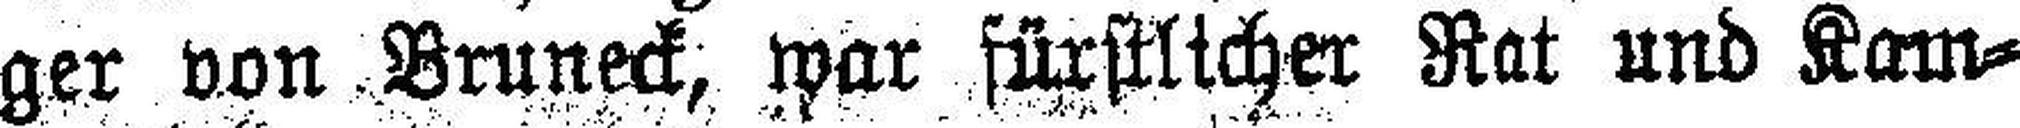
ger von Bruneck, war fürstlicher Rat und Kam¬